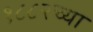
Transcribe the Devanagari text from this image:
१८८२च्या